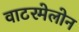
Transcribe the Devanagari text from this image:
वाटरमेलोन